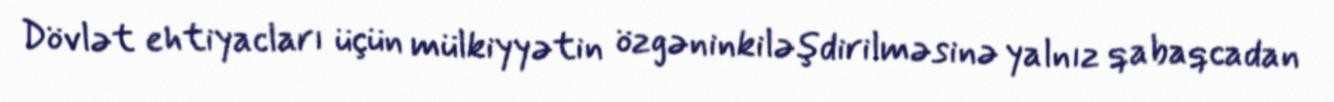
Dövlət ehtiyacları üçün mülkiyyətin özgəninkiləşdirilməsinə yalnız qabaqcadan